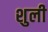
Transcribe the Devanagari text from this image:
शुली